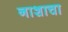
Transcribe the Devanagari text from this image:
नाशाचा